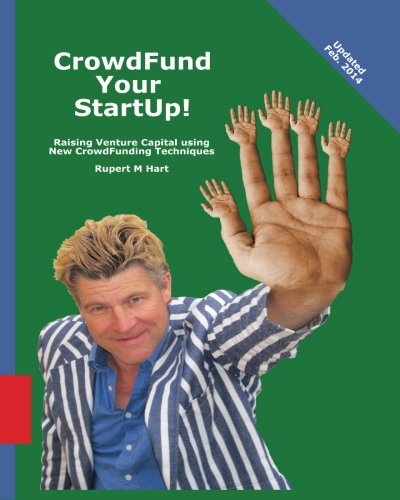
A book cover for CrowdFund Your StartUp!: Raising Venture Capital using New CrowdFunding Techniques; Rupert M Hart; Business & Money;